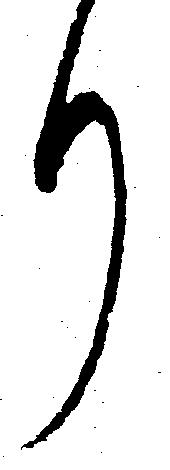
り